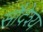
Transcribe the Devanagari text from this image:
सौदेश्य